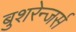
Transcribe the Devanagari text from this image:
बुशरेन्जर्स